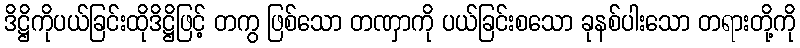
ဒိဋ္ဌိကိုပယ်ခြင်းထိုဒိဋ္ဌိဖြင့် တကွ ဖြစ်သော တဏှာကို ပယ်ခြင်းစသော ခုနစ်ပါးသော တရားတို့ကို